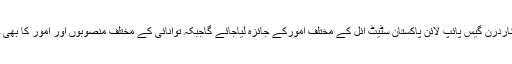
اجلاس میں سوئی ناردرن گیس پائپ لائن پاکستان سٹیٹ آئل کے مختلف امورکے جائزہ لیاجائے گاجبکہ توانائی کے مختلف منصوبوں اور امور کا بھی جائزہ لیا جائے گا۔